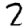
Digit: 2